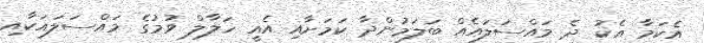
އެކަމާ އެކު ދެ މައްސަލައެއް ބަލަމުންދާ ކަމަށާއި އެއީ ހަލާލް ވުމުގެ މައްސަލައަކާއި